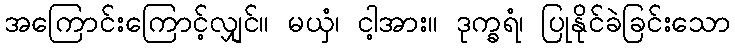
အကြောင်းကြောင့်လျှင်။ မယှံ၊ ငါ့အား။ ဒုက္ခရံ၊ ပြုနိုင်ခဲခြင်းသော